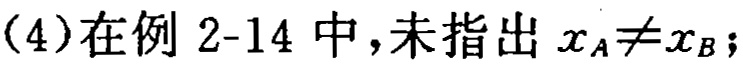
(4)在例 2-14 中，未指出 \(x_A\neq x_B\)；